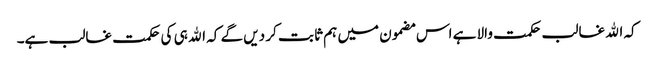
کہ اﷲ غالب حکمت والا ہے اس مضمون میں ہم ثا بت کر دیں گے کہ اﷲ ہی کی حکمت غالب ہے۔